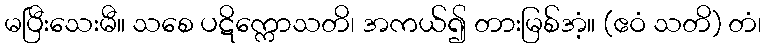
မပြီးသေးမီ။ သစေ ပဋိက္ကောသတိ၊ အကယ်၍ တားမြစ်အံ့။ (ဧဝံ သတိ) တံ၊